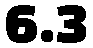
6.3